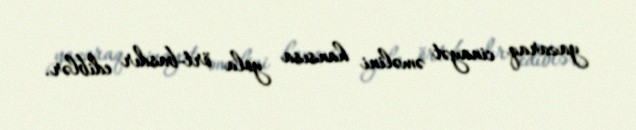
yazaraq cinayət əməlini hansısa yola ört-basdır ediblər.